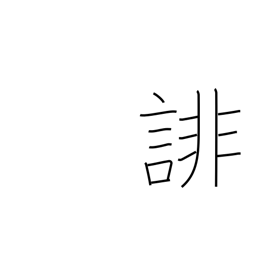
Meaning: slander